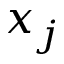
x _ { j }